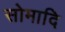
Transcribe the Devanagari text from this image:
सोमादि